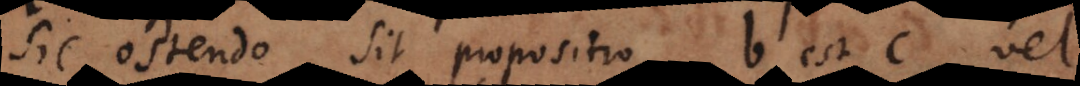
sic ostendo. Sit propositio b est c, vel